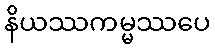
နိယဿကမ္မဿပေ